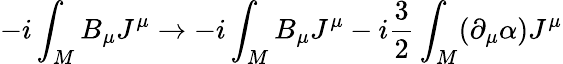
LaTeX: -i\int_{M}B_{\mu}J^{\mu}\rightarrow-i\int_{M}B_{\mu}J^{\mu}-i\frac{3}{2}\int_{M}(\partial_{\mu}\alpha)J^{\mu}